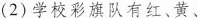
(2)学校彩旗队有红、黄、